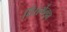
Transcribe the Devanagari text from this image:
विसर्गलुप्त